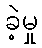
ခဲ့မှု